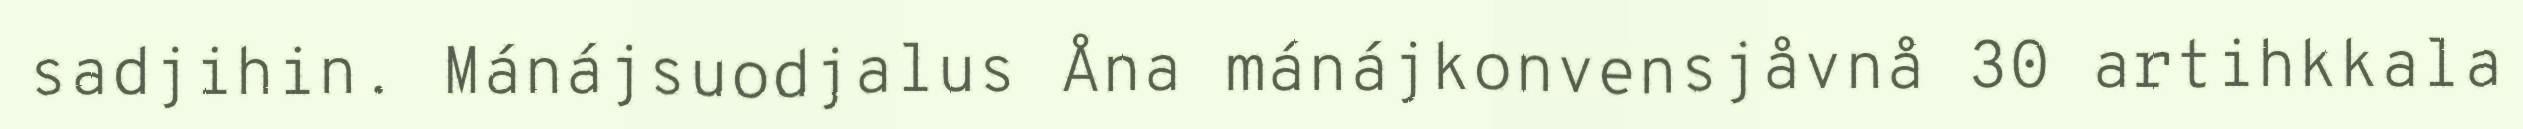
sadjihin. Mánájsuodjalus Åna mánájkonvensjåvnå 30 artihkkala